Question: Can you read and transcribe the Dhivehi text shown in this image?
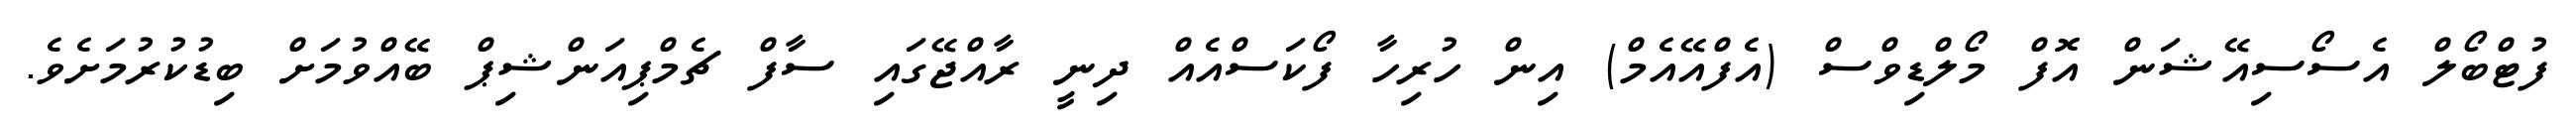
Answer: ފުޓްބޯލް އެސޯސިއޭޝަން އޮފް މޯލްޑިވްސް (އެފްއޭއެމް) އިން ހުރިހާ ފޯކަސްއެއް ދިނީ ރާއްޖޭގައި ސާފް ޗެމްޕިއަންޝިޕް ބޭއްވުމަށް ބިޑުކުރުމަށެވެ.